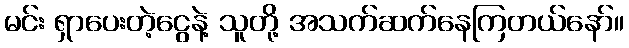
မင်း ရှာပေးတဲ့ငွေနဲ့ သူတို့ အသက်ဆက်နေကြတယ်နော်။